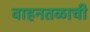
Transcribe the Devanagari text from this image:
वाहनतळाची